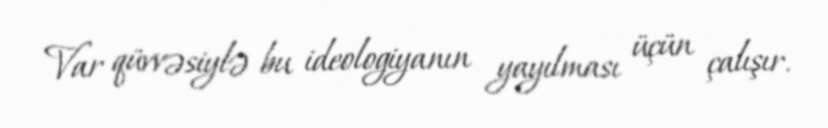
Var qüvvəsiylə bu ideologiyanın yayılması üçün çalışır.